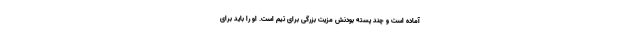
آماده است و چند پسته بودنش مزیت بزرگی برای تیم است. او را باید برای